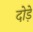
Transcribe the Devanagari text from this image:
दोड़े